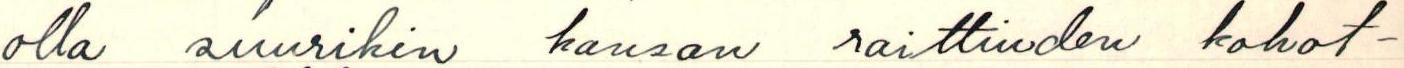
olla suurikin kansan raittiuden kohot-